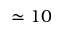
\simeq 1 0